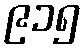
၉၁၅